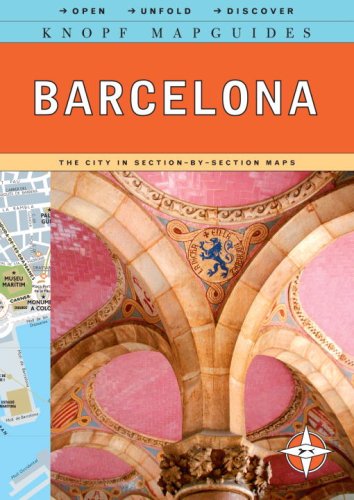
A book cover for Knopf MapGuide: Barcelona (Knopf Mapguides); Knopf Guides; Travel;